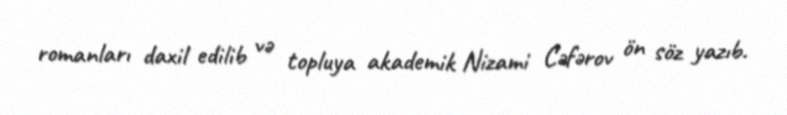
romanları daxil edilib və topluya akademik Nizami Cəfərov ön söz yazıb.